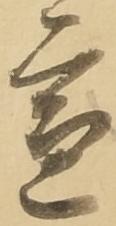
宣